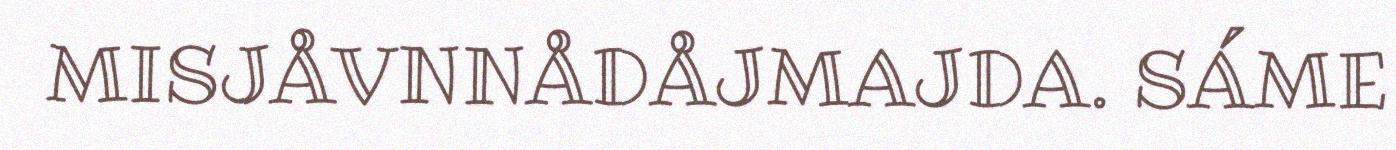
MISJÅVNNÅDÅJMAJDA. SÁME